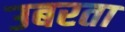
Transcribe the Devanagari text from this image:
उबरता